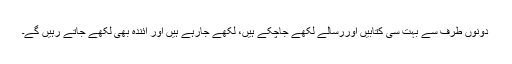
دونوں طرف سے بہت سی کتابیں اوررسالے لکھے جاچکے ہیں، لکھے جارہے ہیں اور آئندہ بھی لکھے جاتے رہیں گے۔